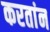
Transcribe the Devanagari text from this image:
करतांन